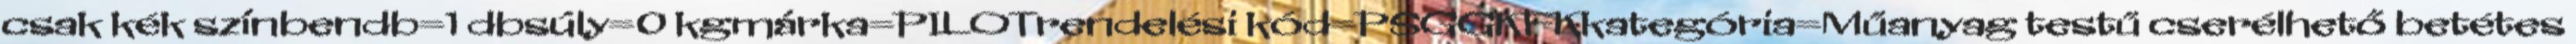
csak kék színbendb=1 dbsúly=0 kgmárka=PILOTrendelési kód=PSGGKFKkategória=Műanyag testű cserélhető betétes